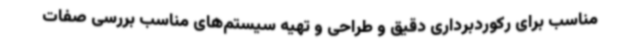
مناسب برای رکوردبرداری دقیق و طراحی و تهیه سیستم‌های مناسب بررسی صفات